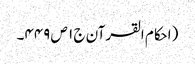
(احکام القرآن ج ١ ص ٤٤٩۔